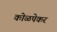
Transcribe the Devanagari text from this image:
कोळपेकर